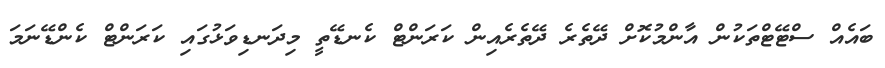
ބައެއް ސްޓޭޓްތަކުން އާންމުކޮށް ދޭތެރެ ދޭތެރެއިން ކަރަންޓް ކެނޑޭތީ މިދަނޑިވަޅުގައި ކަރަންޓް ކެންޑޭނަމަ